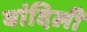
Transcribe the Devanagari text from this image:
बांदिली